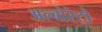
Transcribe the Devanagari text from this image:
अल्बोरेटो